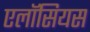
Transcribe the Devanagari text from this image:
एलॉसियस